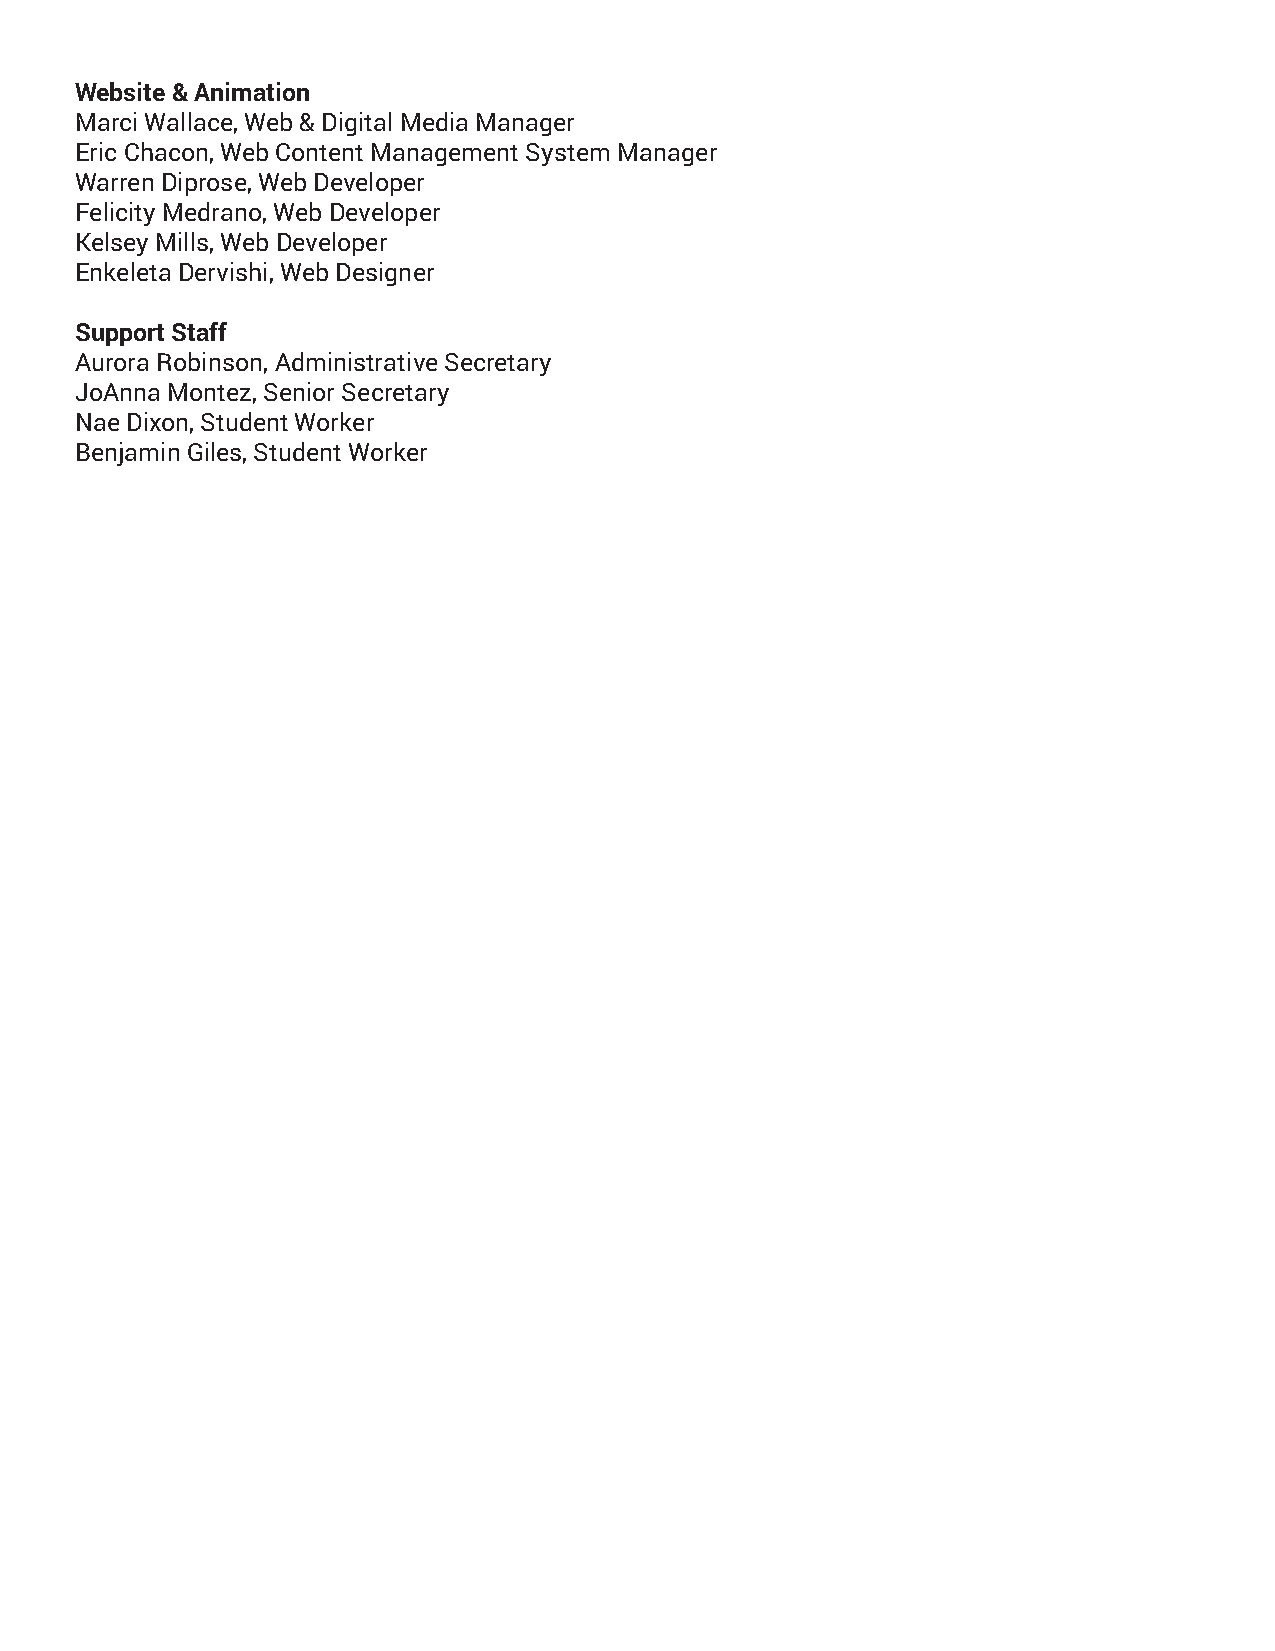
Website & Animation
 Marci Wallace, Web & Digital Media Manager
 Eric Chacon, Web Content Management System Manager
 Warren Diprose, Web Developer
 Felicity Medrano, Web Developer
 Kelsey Mills, Web Developer
 Enkeleta Dervishi, Web Designer
 Support Staff
 Aurora Robinson, Administrative Secretary
 JoAnna Montez, Senior Secretary
 Nae Dixon, Student Worker
 Benjamin Giles, Student Worker